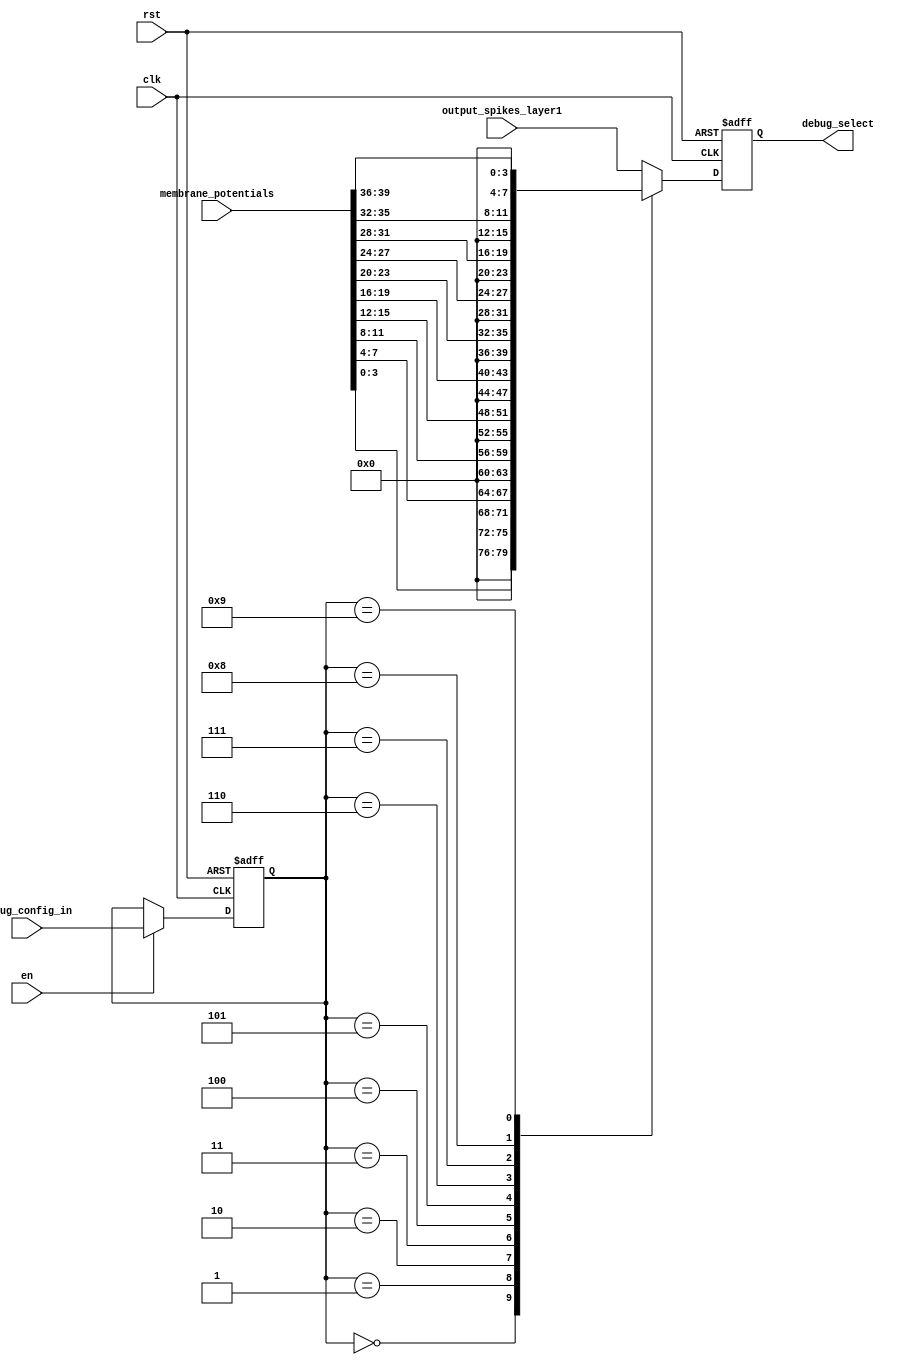
module debug_module #(
    parameter Nbits = 4
)(
    input wire clk,
    input wire rst,    // Active high reset
    input wire en,     // Enable signal
    input wire [7:0] debug_config_in,
    input wire [(8+2)*Nbits-1:0] membrane_potentials, // Flattened array (10*Nbits bits)
    input wire [8-1:0] output_spikes_layer1,
    output reg [8-1:0] debug_select
);

    reg [7:0] debug_config;
    reg [8-1:0] selected_output;
    
    wire [8-Nbits-1:0] selected_output_temp;
    
    assign selected_output_temp=0;

    // 8-bit register with enable and active high reset
    always @(posedge clk or posedge rst) begin
        if (rst)
            debug_config <= 8'b0;
        else if (en)
            debug_config <= debug_config_in;
    end

    // Multiplexer to select the Nbits signal based on debug_config
    always @(*) begin
        case (debug_config)
            8'b00000000: selected_output =  {selected_output_temp,membrane_potentials[Nbits-1:0]};
            8'b00000001: selected_output =  {selected_output_temp,membrane_potentials[2*Nbits-1:Nbits]};
            8'b00000010: selected_output = {selected_output_temp,membrane_potentials[3*Nbits-1:2*Nbits]};
            8'b00000011: selected_output = {selected_output_temp,membrane_potentials[4*Nbits-1:3*Nbits]};
            8'b00000100: selected_output = {selected_output_temp,membrane_potentials[5*Nbits-1:4*Nbits]};
            8'b00000101: selected_output = {selected_output_temp,membrane_potentials[6*Nbits-1:5*Nbits]};
            8'b00000110: selected_output = {selected_output_temp, membrane_potentials[7*Nbits-1:6*Nbits]};
            8'b00000111: selected_output =  {selected_output_temp,membrane_potentials[8*Nbits-1:7*Nbits]};
            8'b00001000: selected_output =  {selected_output_temp,membrane_potentials[9*Nbits-1:8*Nbits]};
            8'b00001001: selected_output =  {selected_output_temp,membrane_potentials[10*Nbits-1:9*Nbits]};
            default: selected_output = output_spikes_layer1;
        endcase
    end

    // Register to store the output
    always @(posedge clk or posedge rst) begin
        if (rst)
            debug_select <= 8'b0;
        else
            debug_select <= selected_output;
    end

endmodule



//module debug_module (
//    input wire clk,
//    input wire rst,    // Active high reset
//    input wire en,     // Enable signal
//    input wire [7:0] debug_config_in,
//    input wire [79:0] membrane_potentials, // Flattened array (10*8 = 80 bits)
//    input wire [7:0] output_spikes_layer1,
//    output reg [7:0] debug_select
//);

//    reg [7:0] debug_config;
//    reg [7:0] selected_output;

//    // 8-bit register with enable and active high reset
//    always @(posedge clk or posedge rst) begin
//        if (rst)
//            debug_config <= 8'b0;
//        else if (en)
//            debug_config <= debug_config_in;
//    end

//    // Multiplexer to select the 8-bit signal based on debug_config
//    always @(*) begin
//        case (debug_config)
//            8'b00000000: selected_output = membrane_potentials[7:0];
//            8'b00000001: selected_output = membrane_potentials[15:8];
//            8'b00000010: selected_output = membrane_potentials[23:16];
//            8'b00000011: selected_output = membrane_potentials[31:24];
//            8'b00000100: selected_output = membrane_potentials[39:32];
//            8'b00000101: selected_output = membrane_potentials[47:40];
//            8'b00000110: selected_output = membrane_potentials[55:48];
//            8'b00000111: selected_output = membrane_potentials[63:56];
//            8'b00001000: selected_output = membrane_potentials[71:64];
//            8'b00001001: selected_output = membrane_potentials[79:72];
//            default: selected_output = output_spikes_layer1;
//        endcase
//    end

//    // Register to store the output
//    always @(posedge clk or posedge rst) begin
//        if (rst)
//            debug_select <= 8'b0;
//        else
//            debug_select <= selected_output;
//    end

//endmodule